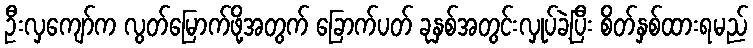
ဦးလှကျော်က လွတ်မြောက်ဖို့အတွက် ခြောက်ပတ် ခုနှစ်အတွင်းလှုပ်ခဲ့ပြီး စိတ်နှစ်ထားရမည်